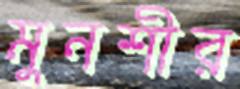
মুনশীর